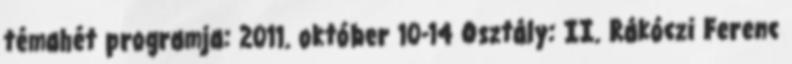
témahét programja: 2011. október 10-14 Osztály: II. Rákóczi Ferenc